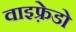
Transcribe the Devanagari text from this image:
वाइफ़्रेडो